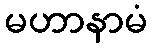
မဟာနာမံ